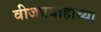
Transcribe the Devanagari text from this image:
वीजप्रवाहाच्या